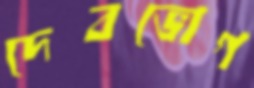
দেবভোগ